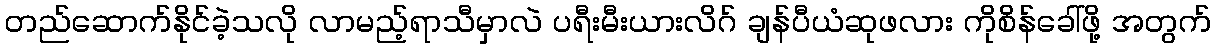
တည်ဆောက်နိုင်ခဲ့သလို လာမည့်ရာသီမှာလဲ ပရီးမီးယားလိဂ် ချန်ပီယံဆုဖလား ကိုစိန်ခေါ်ဖို့ အတွက်